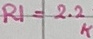
Text: R1=2.2K